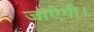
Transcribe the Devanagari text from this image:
जाऐगी।